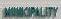
municipality